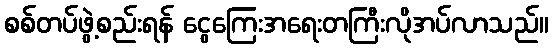
စစ်တပ်ဖွဲ့စည်းရန် ငွေကြေးအရေးတကြီးလိုအပ်လာသည်။